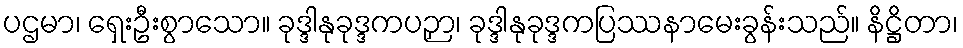
ပဌမာ၊ ရှေးဦးစွာသော။ ခုဒ္ဒါနုခုဒ္ဒကပဉှာ၊ ခုဒ္ဒါနုခုဒ္ဒကပြဿနာမေးခွန်းသည်။ နိဋ္ဌိတာ၊